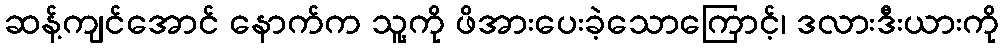
ဆန့်ကျင်အောင် နောက်က သူ့ကို ဖိအားပေးခဲ့သောကြောင့်၊ ဒလားဒီးယားကို